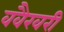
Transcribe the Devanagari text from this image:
ववैखरी